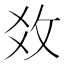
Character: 𢼂